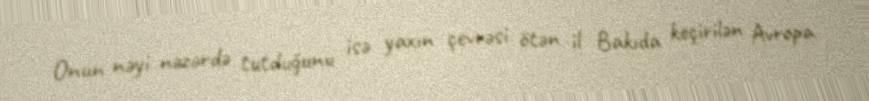
Onun nəyi nəzərdə tutduğunu isə yaxın çevrəsi ötən il Bakıda keçirilən Avropa